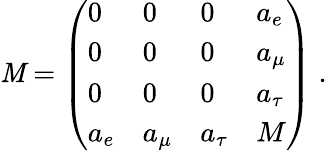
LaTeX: {\cal\mathit{M}}=\left(\begin{array}{llll}{{0}}&{{0}}&{{0}}&{{a_{e}}}\\ {{0}}&{{0}}&{{0}}&{{a_{\mu}}}\\ {{0}}&{{0}}&{{0}}&{{a_{\tau}}}\\ {{a_{e}}}&{{a_{\mu}}}&{{a_{\tau}}}&{{M}}\end{array}\right)\; .